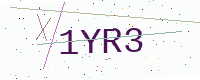
Text: 1YR3